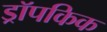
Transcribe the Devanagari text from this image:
ड्रॉपकिक